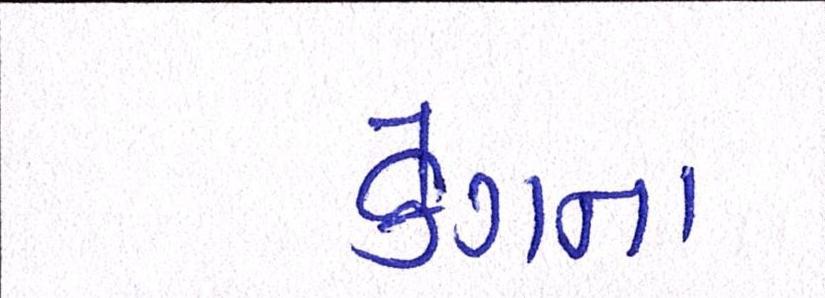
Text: કેગના